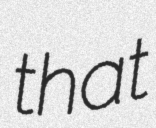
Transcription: that